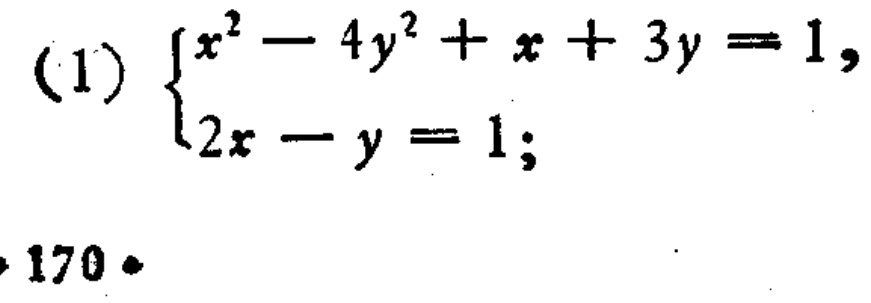
(1) $\begin{cases}x^{2}-4y^{2}+x + 3y = 1,\\2x - y = 1;\end{cases}$
170